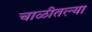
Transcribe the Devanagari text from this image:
चाळीतल्या